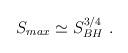
\begin{align*}S_{max} \simeq S_{BH}^{3/4}\ .\end{align*}